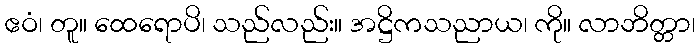
ဧဝံ၊ တူ။ ထေရောပိ၊ သည်လည်း။ အဋ္ဌိကသညာယ၊ ကို။ လာဘိတ္တာ၊